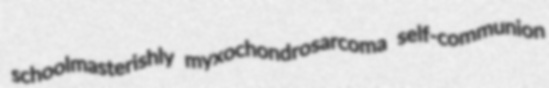
schoolmasterishly myxochondrosarcoma self-communion